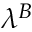
\lambda ^ { B }